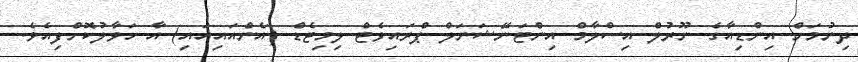
ދިނުމަށް އިންޑިއާގެ ނޫރުލް އިސްލާމް އިންޓަނޭޝަނަލް ޕްރައިވެޓް ލިމިޓެޑް (އެންއައިއައި) އާ ހަވާލުކޮށްފިއެވެ.